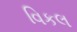
વિકલ